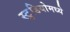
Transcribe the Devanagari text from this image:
स्टु़डियोमध्ये